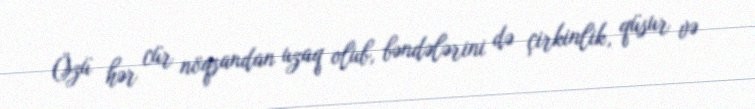
Özü hər cür nöqsandan uzaq olub, bəndələrini də çirkinlik, qüsur və